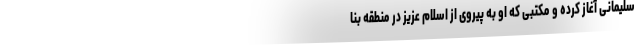
سلیمانی آغاز کرده و مکتبی که او به پیروی از اسلام عزیز در منطقه بنا